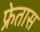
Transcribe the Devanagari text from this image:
फ्रेतास